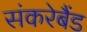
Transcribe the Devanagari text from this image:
संकरेबैंड